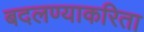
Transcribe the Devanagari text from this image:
बदलण्याकरिता